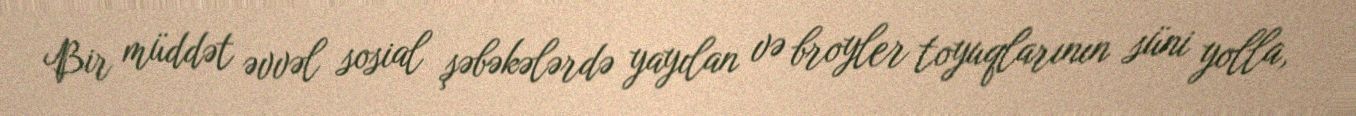
Bir müddət əvvəl sosial şəbəkələrdə yayılan və broyler toyuqlarının süni yolla,